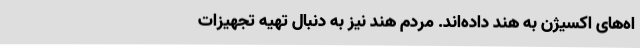
اه‌های اکسیژن به هند داده‌اند. مردم هند نیز به دنبال تهیه تجهیزات